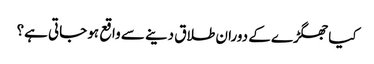
کیا جھگڑے کے دوران طلاق دینے سے واقع ہو جاتی ہے؟